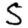
Digit: 5